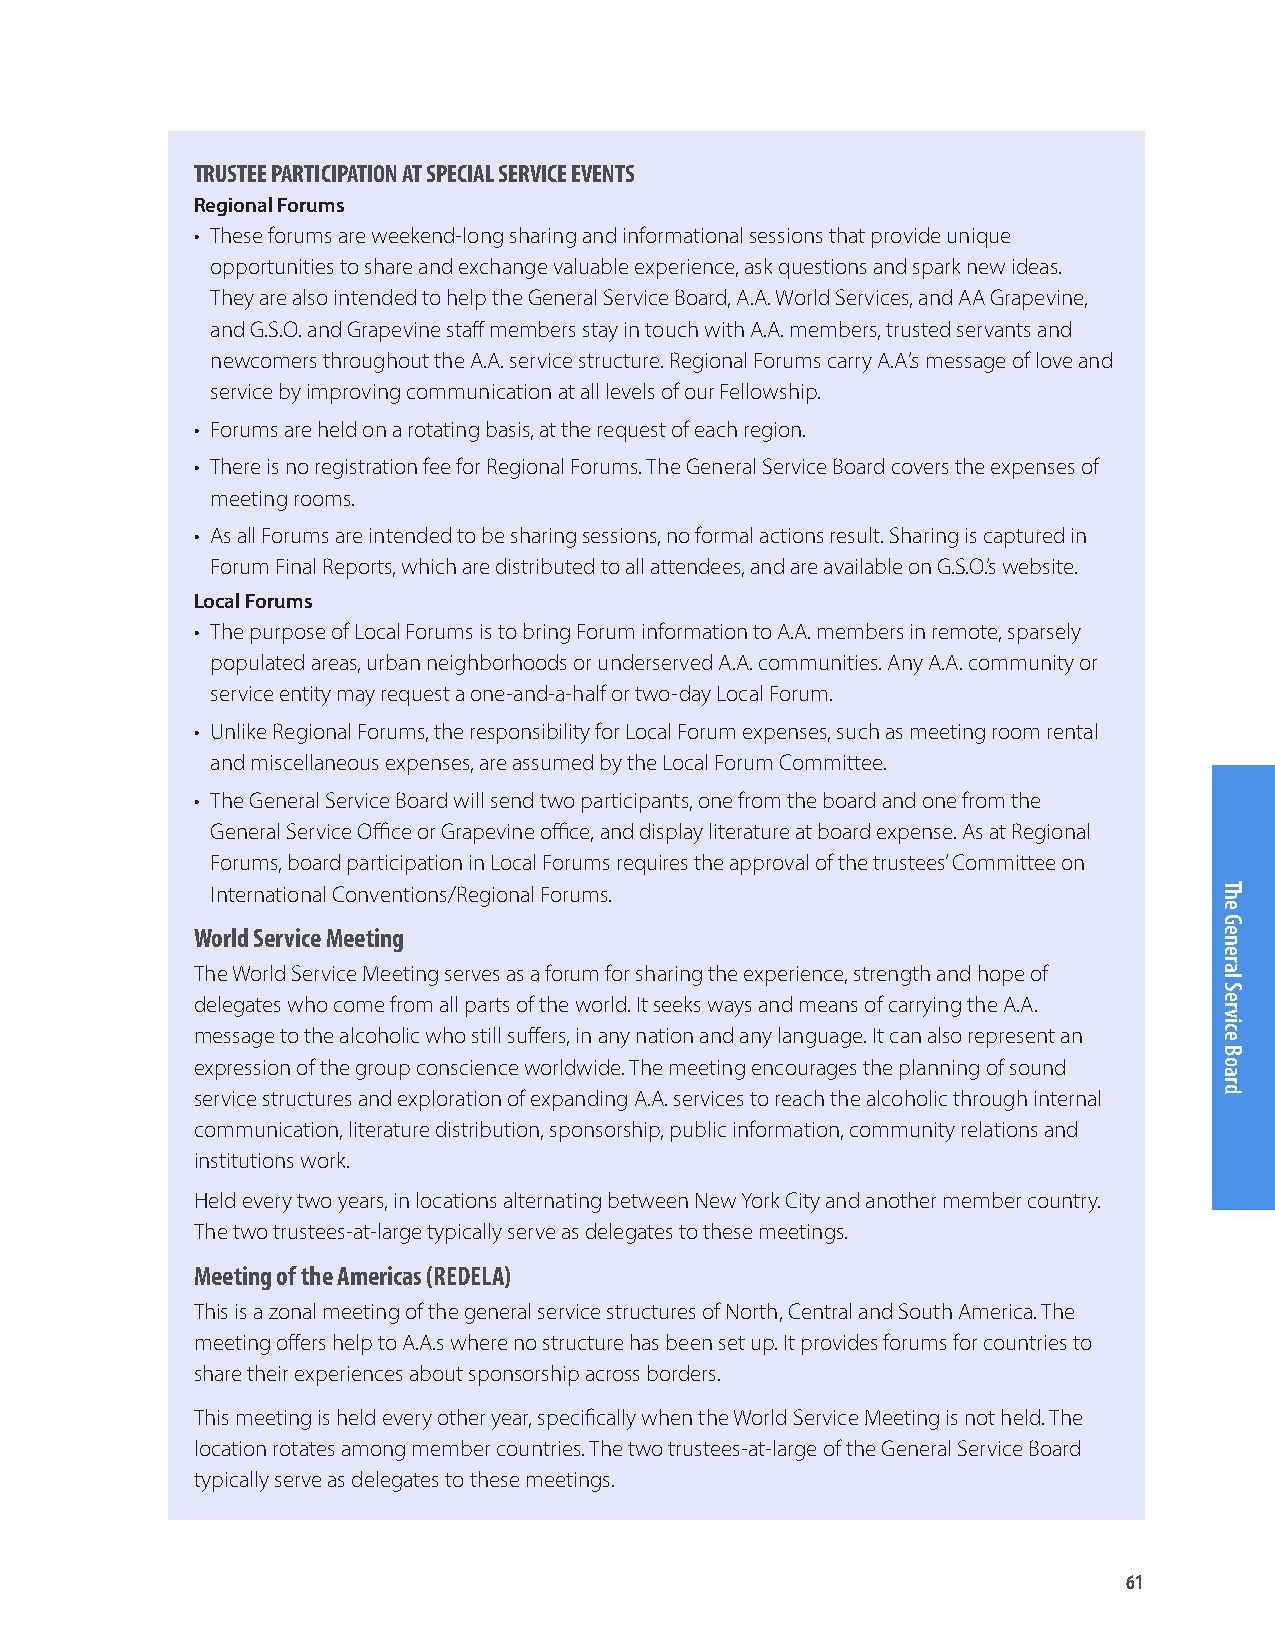
TRUSTEE PARTICIPATION AT SPECIAL SERVICE EVENTS
 Regional Forums
 • These forums are weekend-long sharing and informational sessions that provide unique
 opportunities to share and exchange valuable experience, ask questions and spark new ideas.
 They are also intended to help the General Service Board, A.A. World Services, and AA Grapevine,
 and G.S.O. and Grapevine staff members stay in touch with A.A. members, trusted servants and
 newcomers throughout the A.A. service structure. Regional Forums carry A.A.’s message of love and
 service by improving communication at all levels of our Fellowship.
 • Forums are held on a rotating basis, at the request of each region.
 • There is no registration fee for Regional Forums. The General Service Board covers the expenses of
 meeting rooms.
 • As all Forums are intended to be sharing sessions, no formal actions result. Sharing is captured in
 Forum Final Reports, which are distributed to all attendees, and are available on G.S.O.’s website.
 Local Forums
 • The purpose of Local Forums is to bring Forum information to A.A. members in remote, sparsely
 populated areas, urban neighborhoods or underserved A.A. communities. Any A.A. community or
 service entity may request a one-and-a-half or two-day Local Forum.
 • Unlike Regional Forums, the responsibility for Local Forum expenses, such as meeting room rental
 and miscellaneous expenses, are assumed by the Local Forum Committee.
 • The General Service Board will send two participants, one from the board and one from the
 General Service Office or Grapevine office, and display literature at board expense. As at Regional
 Forums, board participation in Local Forums requires the approval of the trustees’ Committee on
 International Conventions/Regional Forums.
 World Service Meeting
 The World Service Meeting serves as a forum for sharing the experience, strength and hope of
 delegates who come from all parts of the world. It seeks ways and means of carrying the A.A.
 message to the alcoholic who still suffers, in any nation and any language. It can also represent an
 expression of the group conscience worldwide. The meeting encourages the planning of sound
 service structures and exploration of expanding A.A. services to reach the alcoholic through internal
 communication, literature distribution, sponsorship, public information, community relations and
 institutions work.
 Held every two years, in locations alternating between New York City and another member country.
 The two trustees-at-large typically serve as delegates to these meetings.
 Meeting of the Americas (REDELA)
 This is a zonal meeting of the general service structures of North, Central and South America. The
 meeting offers help to A.A.s where no structure has been set up. It provides forums for countries to
 share their experiences about sponsorship across borders.
 This meeting is held every other year, specifically when the World Service Meeting is not held. The
 location rotates among member countries. The two trustees-at-large of the General Service Board
 typically serve as delegates to these meetings.
 61
 The
 General
 Service
 Board